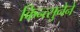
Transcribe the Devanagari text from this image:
किन्त्सुनेने